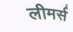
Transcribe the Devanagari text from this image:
लीमर्स